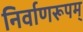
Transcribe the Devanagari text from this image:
निर्वाणरूपम्